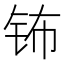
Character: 钸